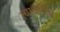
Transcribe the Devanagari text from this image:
त्यावर्षीचे